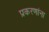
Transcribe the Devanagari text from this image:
प्रकरणांना